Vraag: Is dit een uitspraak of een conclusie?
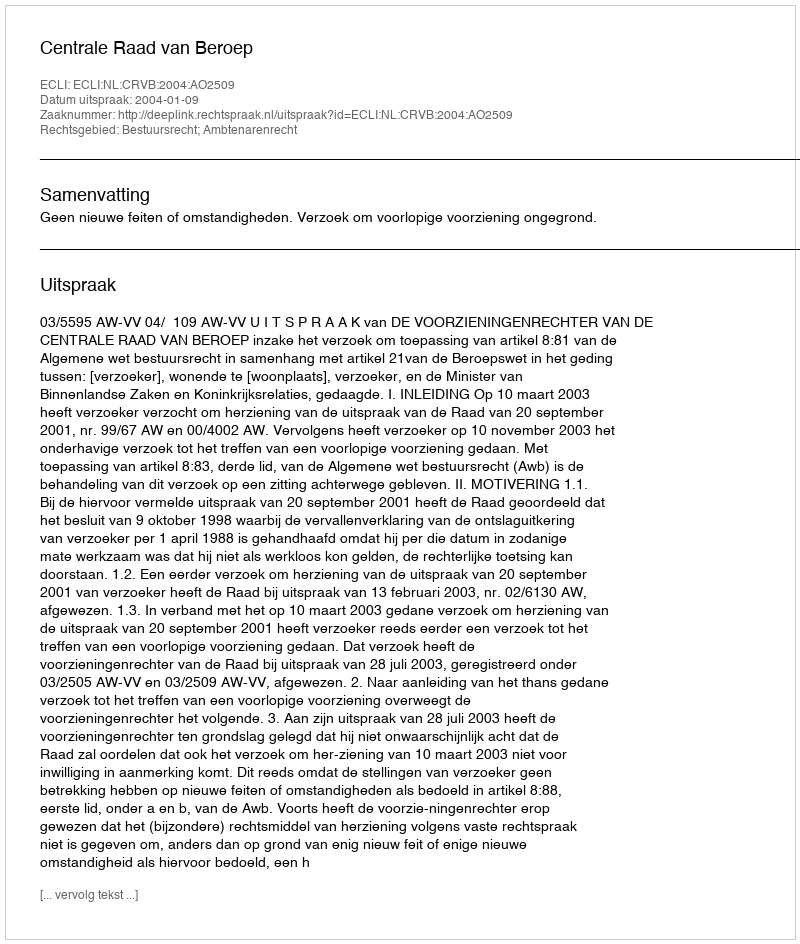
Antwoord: Uitspraak